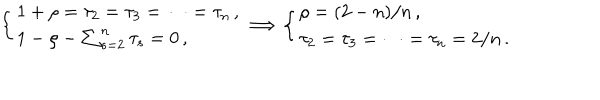
\left\{ \begin{array} { l } { { 1 + \rho = \tau _ { 2 } = \tau _ { 3 } = \cdots = \tau _ { n } \, , } } \\ { { 1 - \rho - \sum _ { s = 2 } ^ { n } \tau _ { s } = 0 \, , } } \\ \end{array} \right. \Longrightarrow \left\{ \begin{array} { l } { { \rho = ( 2 - n ) / n \, , } } \\ { { \tau _ { 2 } = \tau _ { 3 } = \cdots = \tau _ { n } = 2 / n \, . } } \\ \end{array} \right.